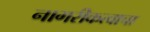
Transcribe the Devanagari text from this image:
नागरीकत्वाचा